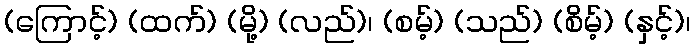
(ကြောင့်) (ထက်) (မို့) (လည်)၊ (စမ့်) (သည်) (စိမ့်) (နှင့်)၊